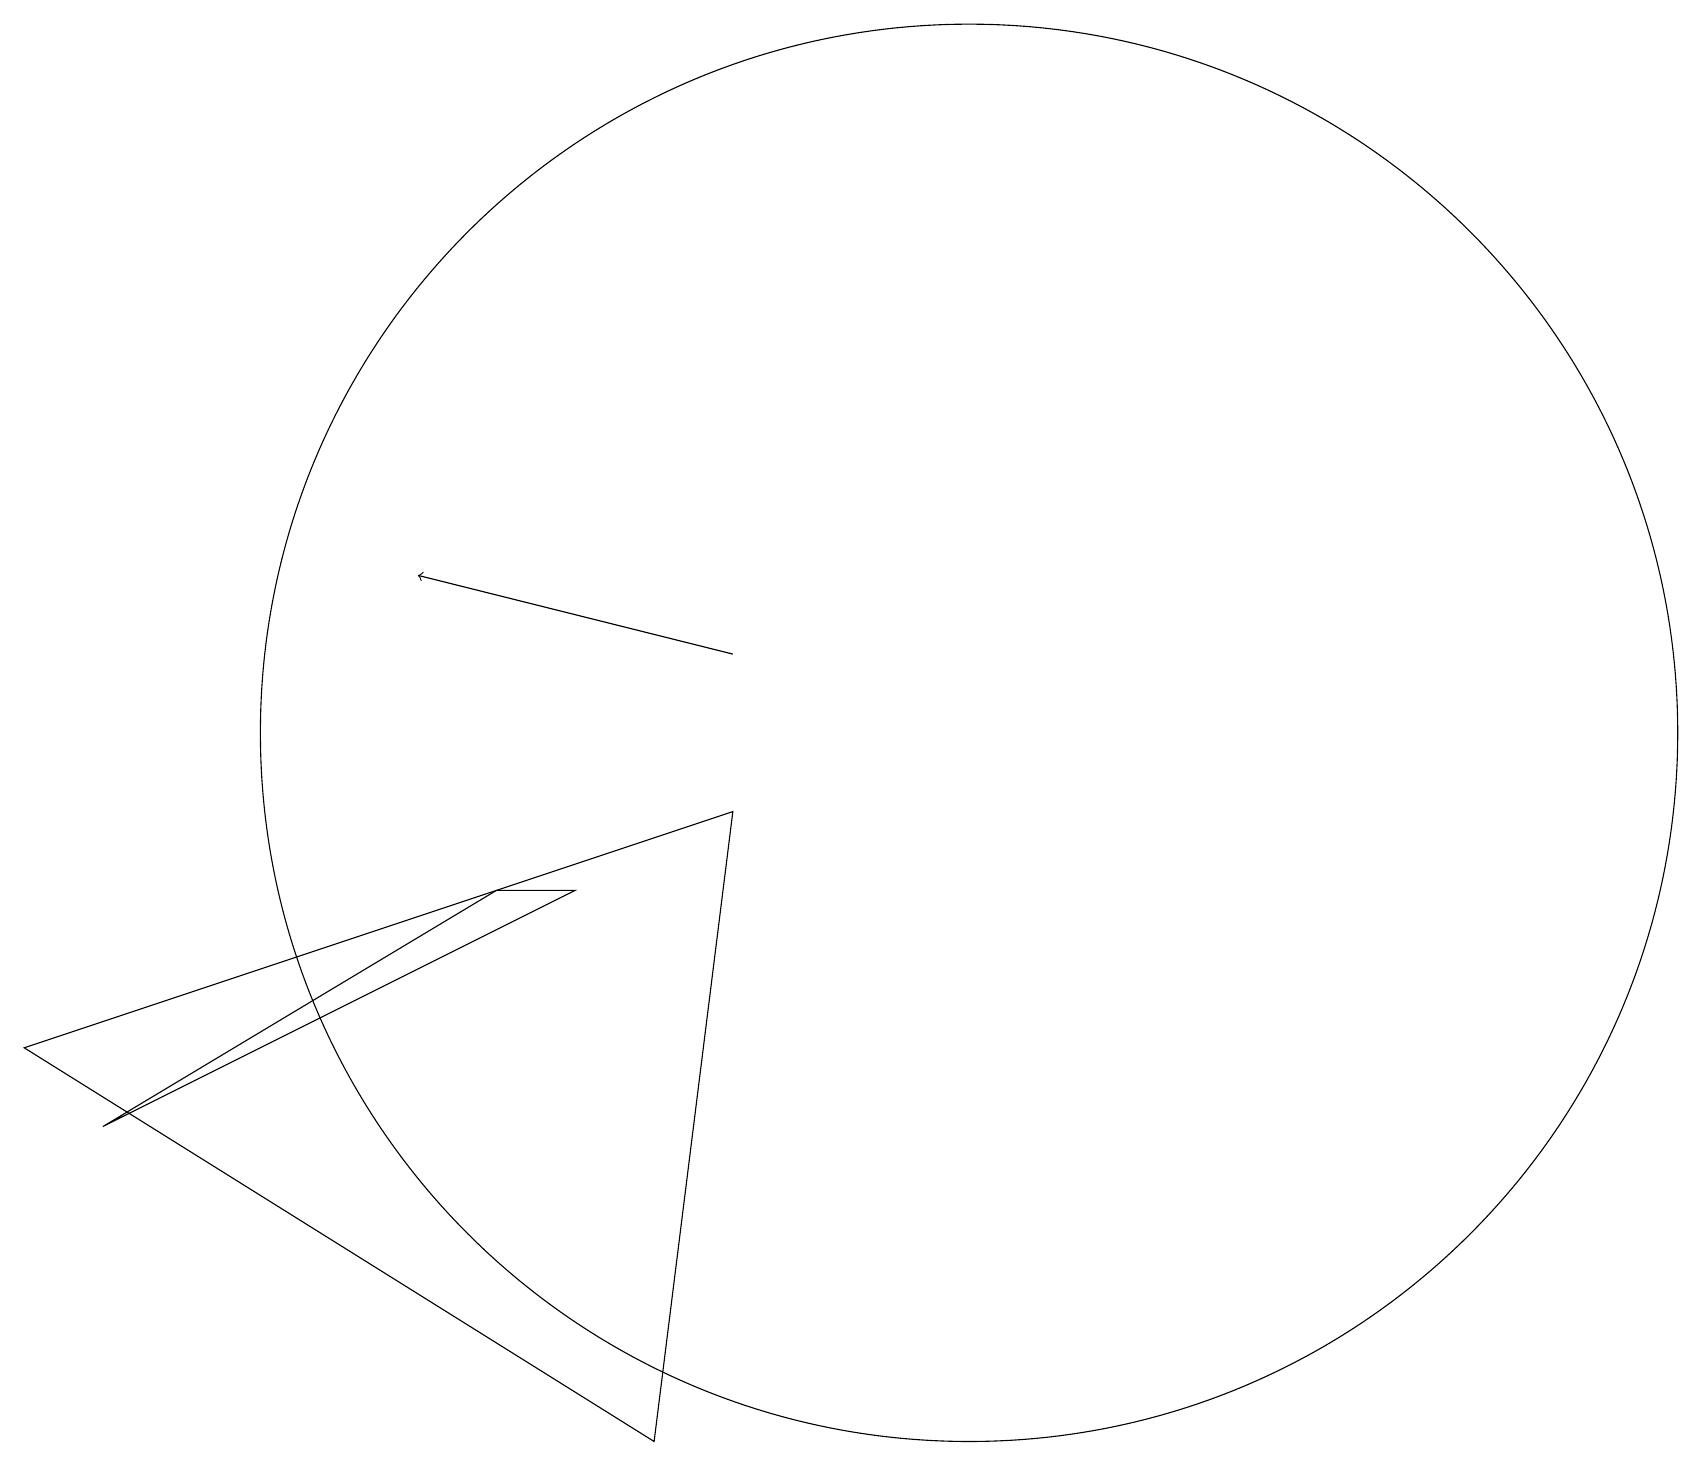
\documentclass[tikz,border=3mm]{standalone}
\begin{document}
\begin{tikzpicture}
\draw[->] (9,11) -- (5,12);
\draw (12,10) circle (9);
\draw (9,9) -- (8,1) -- (0,6) -- cycle;
\draw (7,8) -- (6,8) -- (1,5) -- cycle;
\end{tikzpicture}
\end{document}